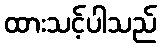
ထားသင့်ပါသည်